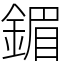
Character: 鎇